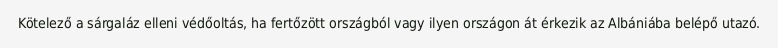
Kötelező a sárgaláz elleni védőoltás, ha fertőzött országból vagy ilyen országon át érkezik az Albániába belépő utazó.